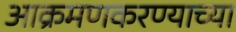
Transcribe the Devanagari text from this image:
आक्रमणकरण्याच्या